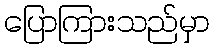
ပြောကြားသည်မှာ